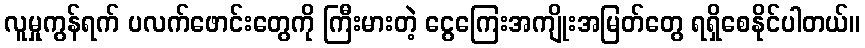
လူမှုကွန်ရက် ပလက်ဖောင်းတွေကို ကြီးမားတဲ့ ငွေကြေးအကျိုးအမြတ်တွေ ရရှိစေနိုင်ပါတယ်။